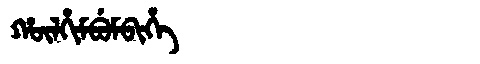
Manchu: ᡥᡡᠯᡥᡳᠮᠪᡠᠮᠪᡳᡥᡝ
Romanization: HŪLHIMBUMBIHE